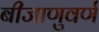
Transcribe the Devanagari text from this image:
बीजाणुवर्ण